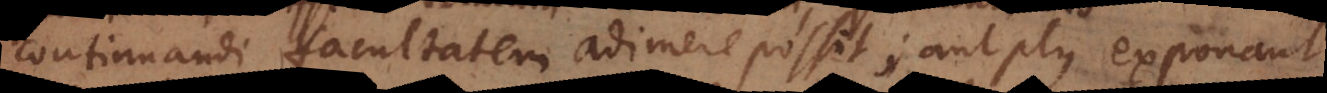
continuandi facultatem adimere possit; aut plus exponant